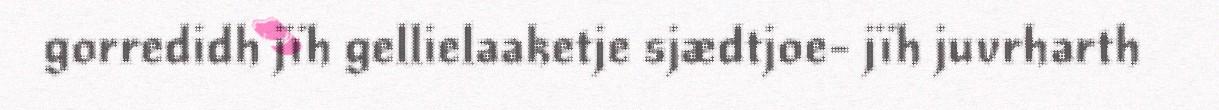
gorredidh jïh gellielaaketje sjædtjoe- jïh juvrharth